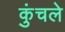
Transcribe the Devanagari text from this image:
कुंचले